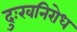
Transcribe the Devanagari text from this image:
दुःखनिरोध